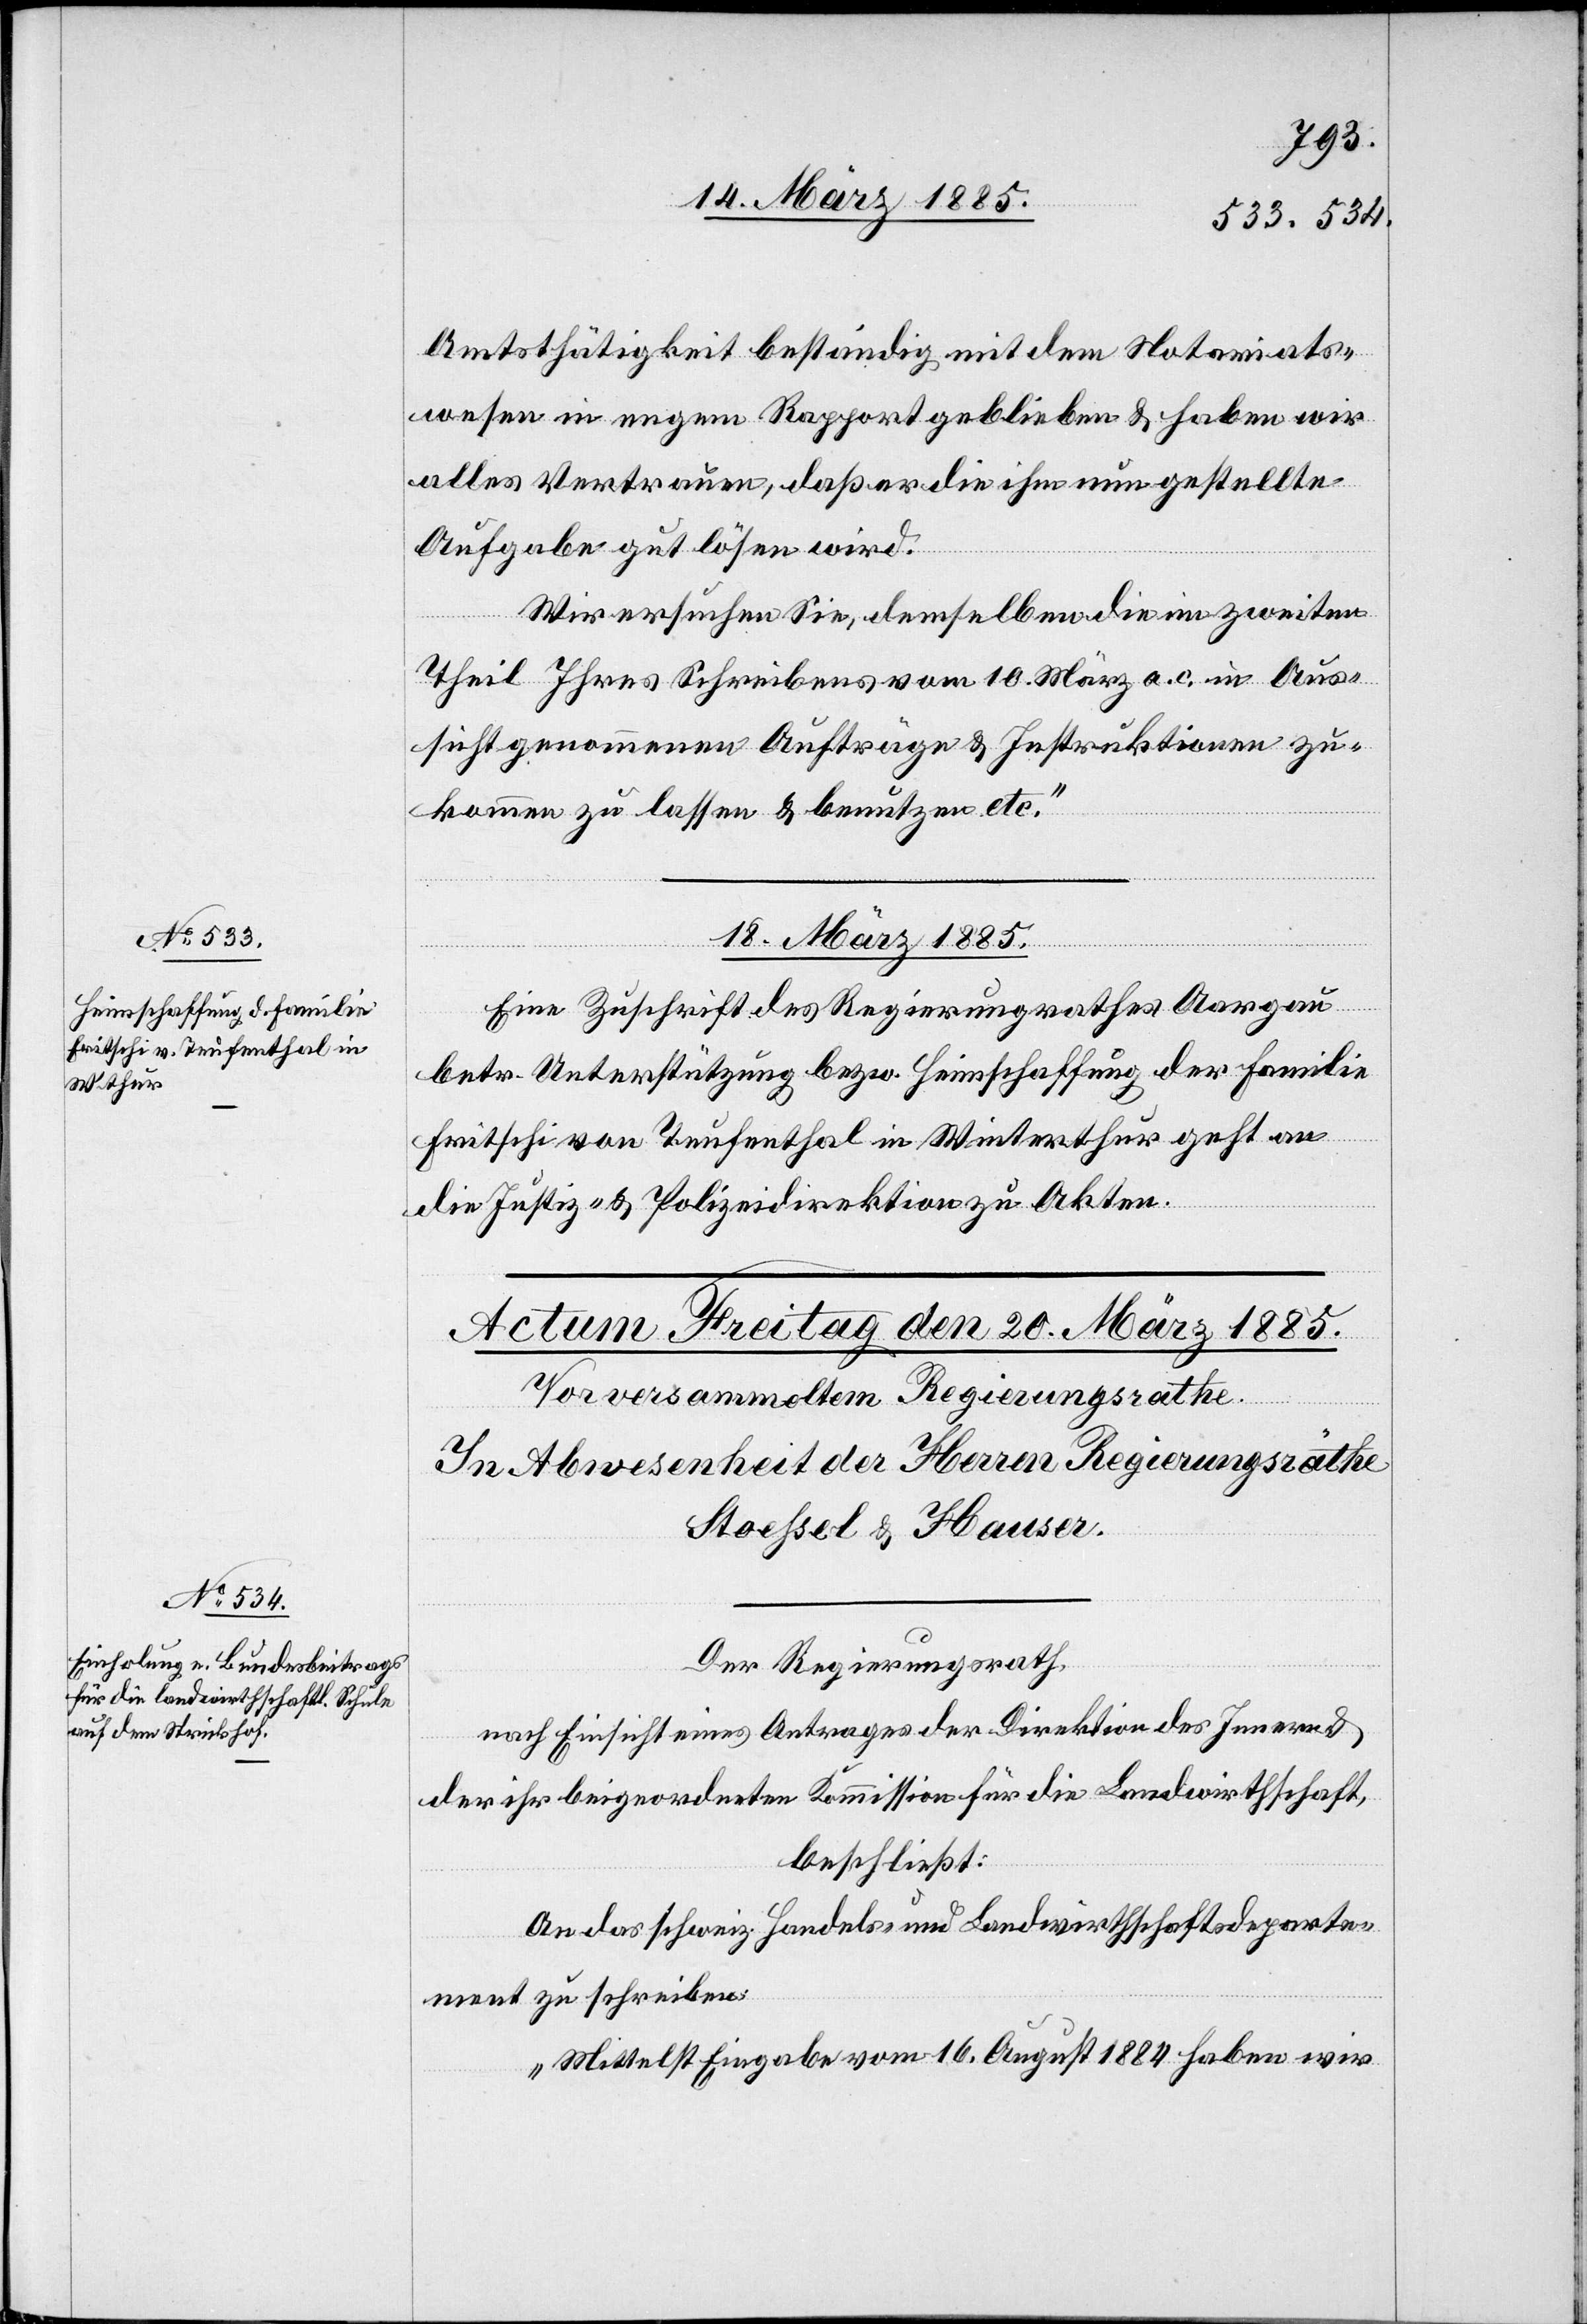
Amtstätigkeit beständig mit dem Notariats¬
wesen in engem Rapport geblieben & haben wir
alles Vertrauen, daß er die ihm nun gestellte
Aufgabe gut lösen wird.
Wir ersuchen Sie, demselben die im zweiten
Theil Ihres Schreibens vom 10. März a. c. in Aus¬
sicht genommenen Aufträge & Instruktionen zu¬
kommen zu lassen & benutzen etc.“
18. März 1885.
Eine Zuschrift des Regierungsrathes Aargau
betr. Unterstützung bezw. Heimschaffung der Familie
Fritschi von Teufenthal in Winterthur geht an
die Justiz- & Polizeidirektion zu Akten.
Der Regierungsrath,
nach Einsicht eines Antrages der Direktion des Innern &
der ihr beigeordneten Kommission für die Landwirthschaft,
beschließt:
An das schweiz. Handels- und Landwirthschaftsdeparte¬
ment zu schreiben:
„Mittelst Eingabe vom 16. August 1884 haben wir